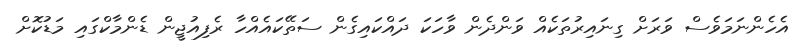
އެހެންނަމަވެސް ވަރަށް ގިނައިރުތަކެއް ވަންދެން ވާހަކަ ދައްކައިގެން ސަތޭކައެއްހާ ރެފިއުޖީން ޑެންމާކްގައި މަޑުކޮށް